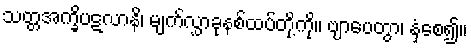
သတ္တအက္ခိပဋလာနိ၊ မျက်လွှာခုနစ်ထပ်တို့ကို။ ဗျာပေတွာ၊ နှံ့စေ၍။